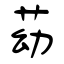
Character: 苭